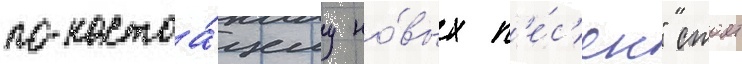
по-настоа́щему но́вых п'е́с'ен" стоит